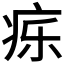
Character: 𬏤